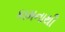
કામનાથી